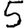
Digit: 5